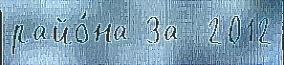
райо́на За  2012